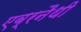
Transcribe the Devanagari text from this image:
एब्रनैथी